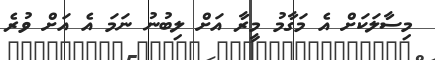
މިސާލަކަށް އެ މަގާމު މީރާ އަށް ލިބުނު ނަމަ އެ އަށް ވުރެ